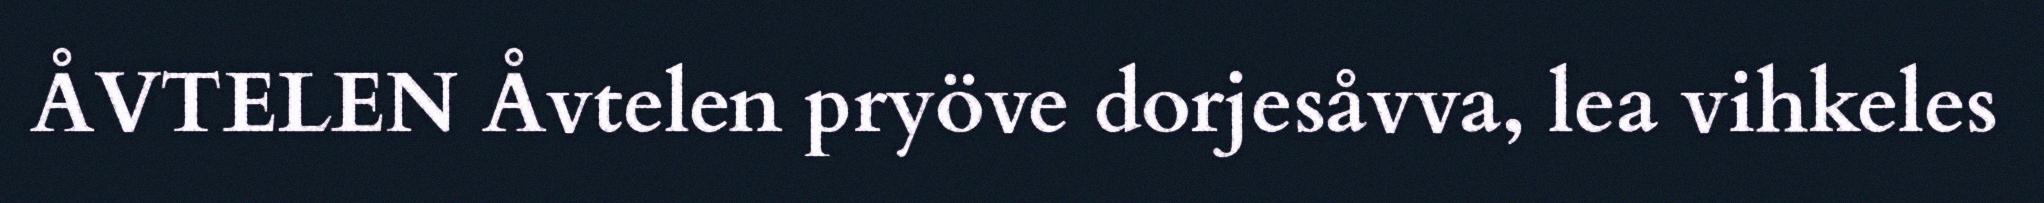
ÅVTELEN Åvtelen pryöve dorjesåvva, lea vihkeles